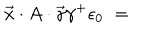
\vec { x } \cdot A \cdot \vec { \gamma } \gamma ^ { + } \epsilon _ { 0 } \; = \;